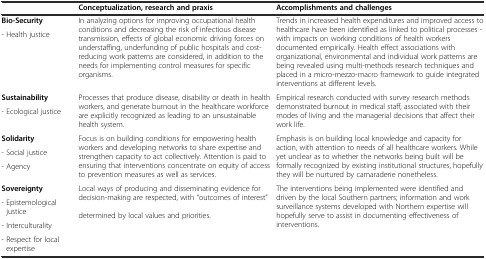
<table><thead><tr><td></td><td><b>Conceptualization, research and praxis</b></td><td><b>Accomplishments and challenges</b></td></tr></thead><tbody><tr><td><b>Bio-Security</b></td><td rowspan="2">In analyzing options for improving occupational health conditions and decreasing the risk of infectious disease transmission, effects of global economic driving forces on understaffing, underfunding of public hospitals and cost-reducing work patterns are considered, in addition to the needs for implementing control measures for specific organisms.</td><td rowspan="2">Trends in increased health expenditures and improved access to healthcare have been identified as linked to political processes - with impacts on working conditions of health workers documented empirically. Health effect associations with organizational, environmental and individual work patterns are being revealed using multi-methods research techniques and placed in a micro-mezzo-macro framework to guide integrated interventions at different levels.</td></tr><tr><td>- Health justice</td></tr><tr><td><b>Sustainability</b></td><td rowspan="2">Processes that produce disease, disability or death in health workers, and generate burnout in the healthcare workforce are explicitly recognized as leading to an unsustainable health system.</td><td rowspan="2">Empirical research conducted with survey research methods demonstrated burnout in medical staff, associated with their modes of living and the managerial decisions that affect their work life.</td></tr><tr><td>- Ecological justice</td></tr><tr><td><b>Solidarity</b></td><td rowspan="3">Focus is on building conditions for empowering health workers and developing networks to share expertise and strengthen capacity to act collectively. Attention is paid to ensuring that interventions concentrate on equity of access to prevention measures as well as services.</td><td rowspan="3">Emphasis is on building local knowledge and capacity for action, with attention to needs of all healthcare workers. While yet unclear as to whether the networks being built will be formally recognized by existing institutional structures, hopefully they will be nurtured by camaraderie nonetheless.</td></tr><tr><td>- Social justice</td></tr><tr><td>- Agency</td></tr><tr><td><b>Sovereignty</b></td><td rowspan="4">Local ways of producing and disseminating evidence for decision-making are respected, with “outcomes of interest” determined by local values and priorities.</td><td rowspan="4">The interventions being implemented were identified and driven by the local Southern partners; information and work surveillance systems developed with Northern expertise will hopefully serve to assist in documenting effectiveness of interventions.</td></tr><tr><td>- Epistemological justice</td></tr><tr><td>- Interculturality</td></tr><tr><td>- Respect for local expertise</td></tr></tbody></table>